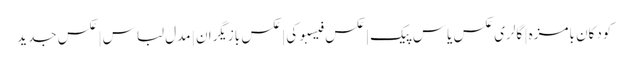
کودکان بامزه | گالری عکس یاس پیک | عکس فیسبوکی | عکس بازیگران | مدل لباس | عکس جدید